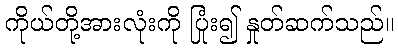
ကိုယ်တို့အားလုံးကို ပြုံး၍ နှုတ်ဆက်သည်။